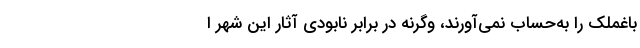
باغملک را به‌حساب نمی‌آورند، وگرنه در برابر نابودی آثار این شهر ا